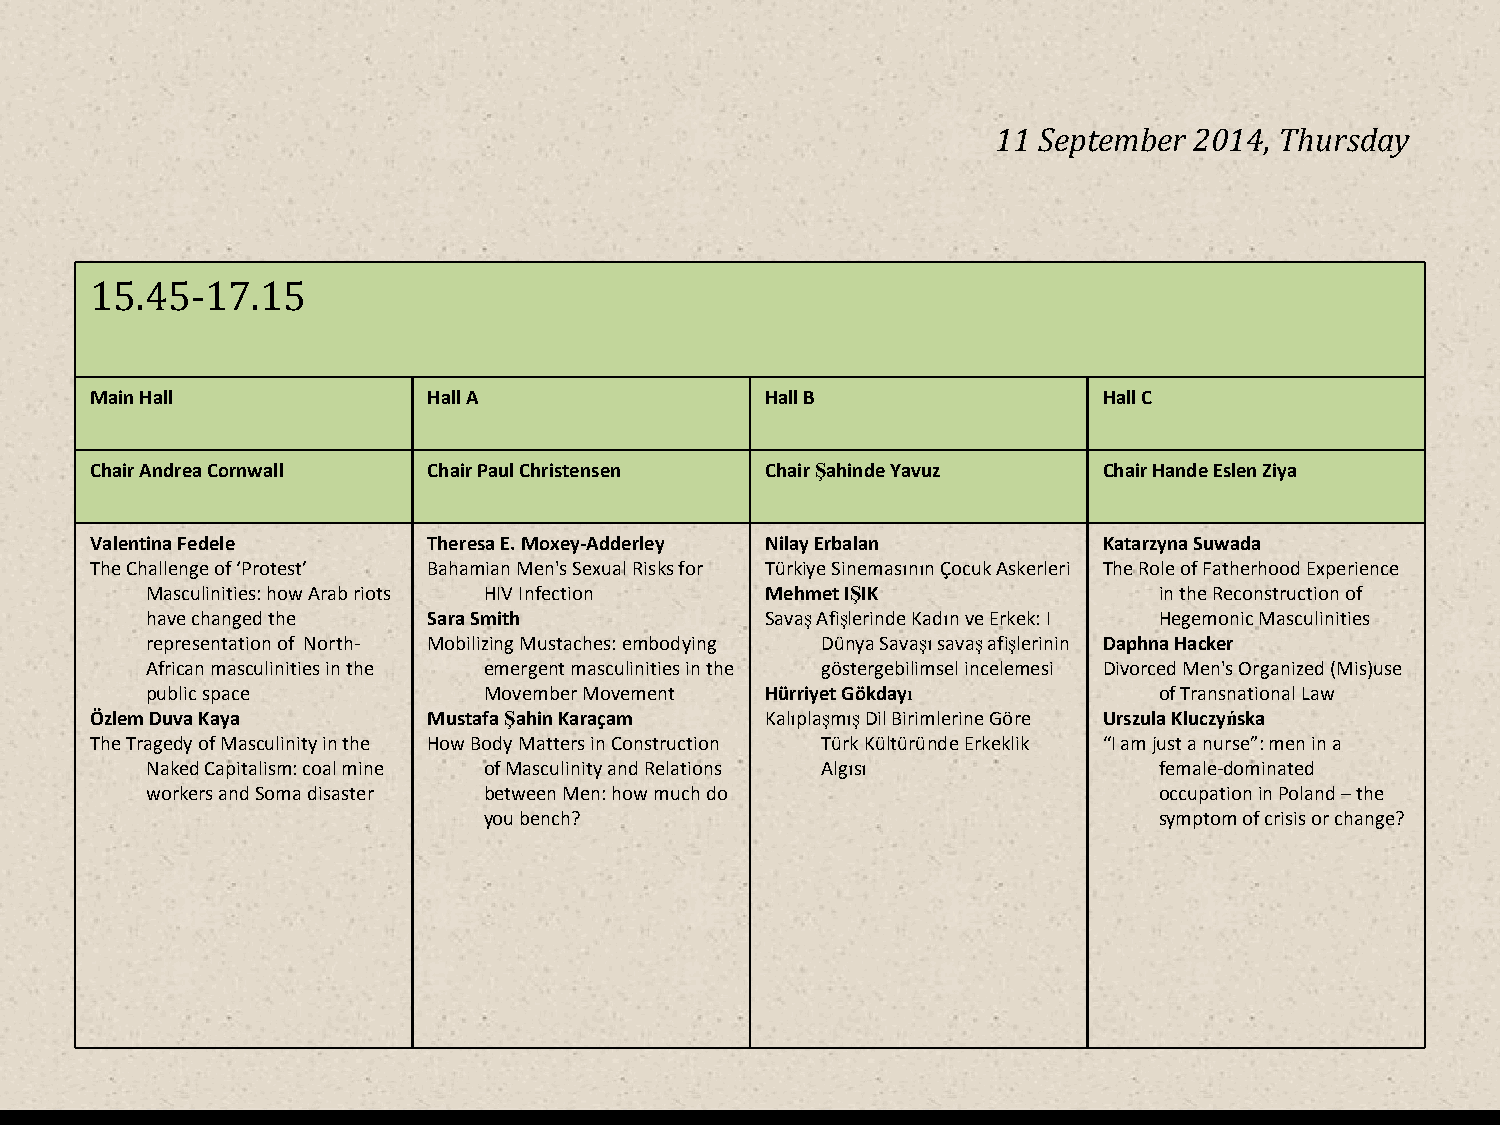
11 September 2014, Thursday
 15.45-17.15
 Main Hall             Hall A                 Hall B                Hall C
 Chair Andrea Cornwall Chair Paul Christensen ChairŞahinde Yavuz    Chair Hande Eslen Ziya
 Valentina Fedele      Theresa E. Moxey-Adderley Nilay Erbalan      Katarzyna Suwada
 The Challenge of ‘Protest’ Bahamian Men's Sexual Risks for Türkiye Sinemasının Çocuk Askerleri The Role of Fatherhood Experience
 Masculinities: how Arab riots HIV Infection Mehmet IŞIK            in the Reconstruction of
 have changed the  Sara Smith             SavaşAfişlerinde Kadın ve Erkek: I Hegemonic Masculinities
 representation of North- Mobilizing Mustaches: embodying Dünya Savaşısavaşafişlerinin Daphna Hacker
 African masculinities in the emergent masculinities in the göstergebilimsel incelemesi Divorced Men's Organized (Mis)use
 public space          Movember Movement  Hürriyet Gökdayı          of Transnational Law
 Özlem Duva Kaya       Mustafa Şahin Karaçam  KalıplaşmışDil Birimlerine Göre Urszula Kluczyńska
 The Tragedy of Masculinity in the How Body Matters in Construction Türk Kültüründe Erkeklik “I am just a nurse”: men in a
 Naked Capitalism: coal mine of Masculinity and Relations Algısı    female-dominated
 workers and Soma disaster between Men: how much do                 occupation in Poland –the
 you bench?                                   symptom of crisis or change?